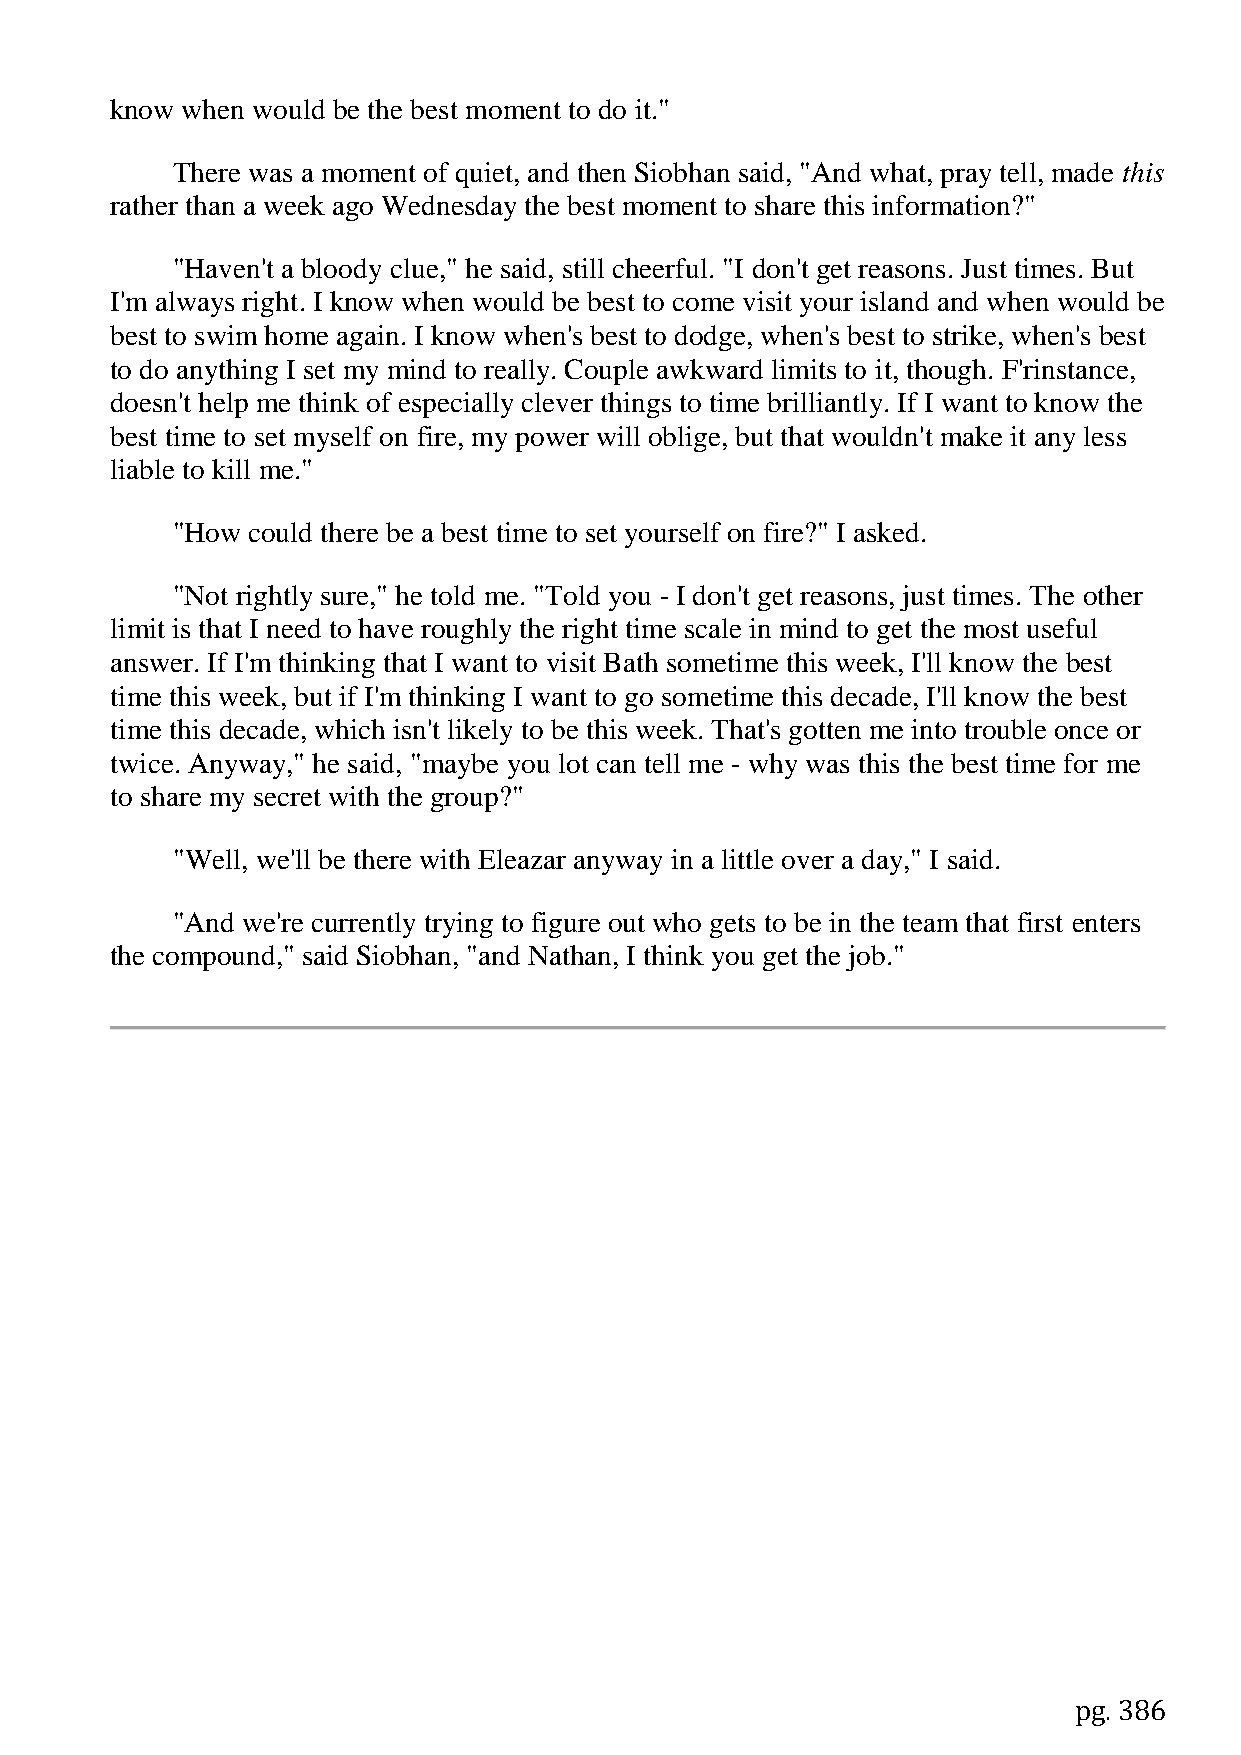
know when would be the best moment to do it."
 There was a moment of quiet, and then Siobhan said, "And what, pray tell, made this
 rather than a week ago Wednesday the best moment to share this information?"
 "Haven't a bloody clue," he said, still cheerful. "I don't get reasons. Just times. But
 I'm always right. I know when would be best to come visit your island and when would be
 best to swim home again. I know when's best to dodge, when's best to strike, when's best
 to do anything I set my mind to really. Couple awkward limits to it, though. F'rinstance,
 doesn't help me think of especially clever things to time brilliantly. If I want to know the
 best time to set myself on fire, my power will oblige, but that wouldn't make it any less
 liable to kill me."
 "How could there be a best time to set yourself on fire?" I asked.
 "Not rightly sure," he told me. "Told you - I don't get reasons, just times. The other
 limit is that I need to have roughly the right time scale in mind to get the most useful
 answer. If I'm thinking that I want to visit Bath sometime this week, I'll know the best
 time this week, but if I'm thinking I want to go sometime this decade, I'll know the best
 time this decade, which isn't likely to be this week. That's gotten me into trouble once or
 twice. Anyway," he said, "maybe you lot can tell me - why was this the best time for me
 to share my secret with the group?"
 "Well, we'll be there with Eleazar anyway in a little over a day," I said.
 "And we're currently trying to figure out who gets to be in the team that first enters
 the compound," said Siobhan, "and Nathan, I think you get the job."
 pg. 386